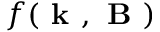
f ( \textbf { k } , \textbf { B } )